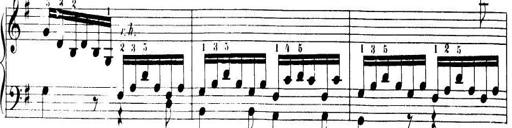
Title: 32 Sonatinas and Rondos for the Piano
Composer: Richard Kleinmichel